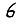
Digit: 6